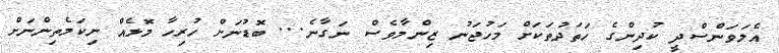
އެލަވަންސްދީ ކުދިންގެ ހަތަދުތަކަށް މަހުޖަނު ޒިންމާވެސް ނަގާނެ... ބޮޑުނަށް ހުރިހާ މޮޅެއް ނިކަމެތިންނަށް